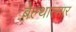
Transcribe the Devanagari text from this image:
बेल्थात्सार